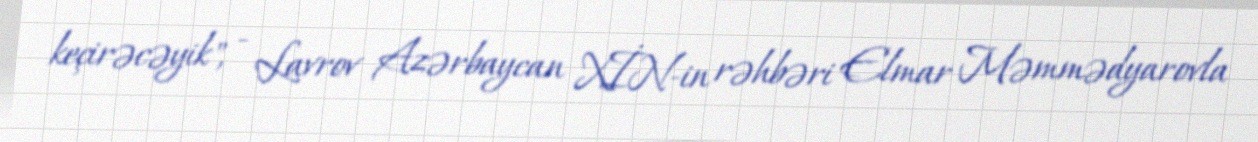
keçirəcəyik", - Lavrov Azərbaycan XİN-in rəhbəri Elmar Məmmədyarovla